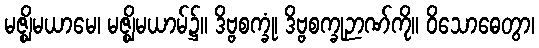
မဇ္ဈိမယာမေ၊ မဇ္ဈိမယာမ်၌။ ဒိဗ္ဗစက္ခုံ၊ ဒိဗ္ဗစက္ခုဉာဏ်ကို။ ဝိသောဓေတွာ၊